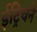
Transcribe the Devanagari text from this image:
ईट्रिचने